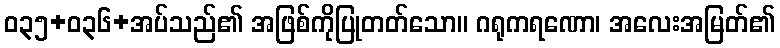
ဝ၃၅+၀၃၆+အပ်သည်၏ အဖြစ်ကိုပြုတတ်သော။ ဂရုကရဏော၊ အလေးအမြတ်၏